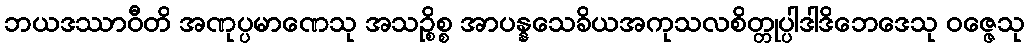
ဘယဒဿာဝီတိ အဏုပ္ပမာဏေသု အသဉ္စိစ္စ အာပန္နသေခိယအကုသလစိတ္တုပ္ပါဒါဒိဘေဒေသု ဝဇ္ဇေသု